Report on vaccination in Madras 1895-1903 - 1895-1903
Year: 1895
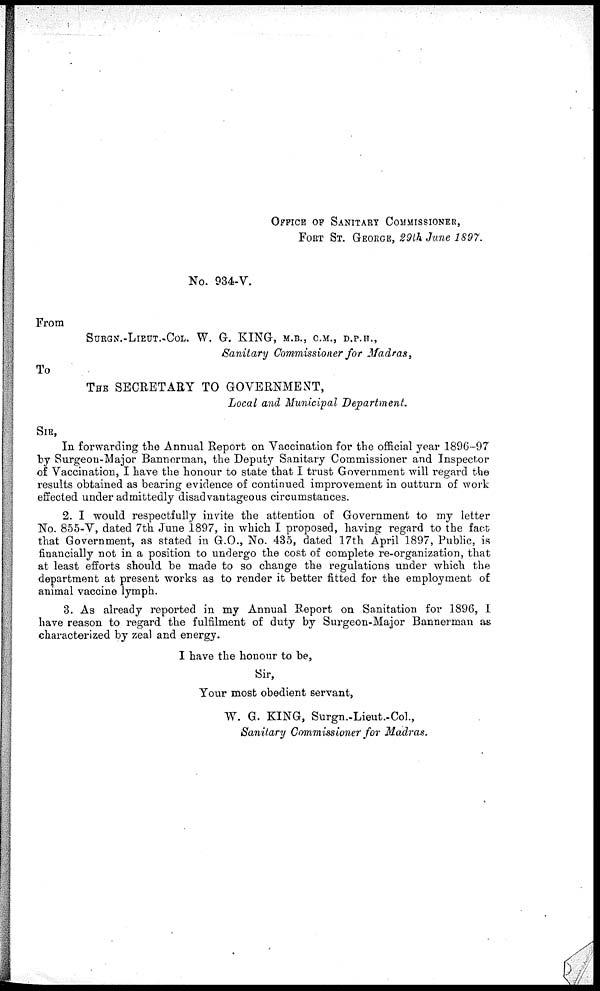
OFFICE OF SANITARY COMMISSIONER,
FORT ST. GEORGE, 29th Jane 1897.
No. 934-V.
From
SURGN.-LIEUT.-COL. W. G. KING, M.B., C.M., D.P.H.,
Sanitary Commissioner for Madras,
To
THE SECRETARY TO GOVERNMENT,
Local and Municipal Department.
SIR,
In forwarding the Annual Report on Vaccination for the official year 1896-97
by Surgeon-Major Bannerman, the Deputy Sanitary Commissioner and Inspector
of Vaccination, I have the honour to state that I trust Government will regard the
results obtained as bearing evidence of continued improvement in outturn of work
effected under admittedly disadvantageous circumstances.
2. I would respectfully invite the attention of Government to my letter
No. 855-V, dated 7th June 1897, in which I proposed, having regard to the fact
that Government, as stated in G.O., No. 435, dated 17th April 1897, Public, is
financially not in a position to undergo the cost of complete re-organization, that
at least efforts should be made to so change the regulations under which the
department at present works as to render it better fitted for the employment of
animal vaccine lymph.
3. As already reported in my Annual Report on Sanitation for 1896, I
have reason to regard the fulfilment of duty by Surgeon-Major Bannerman as
characterized by zeal and energy.
I have the honour to be,
Sir,
Your most obedient servant,
W. G. KING, Surgn.-Lieut.-Col.,
Sanitary Commissioner for Madras.